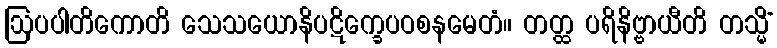
ဩပပါတိကောတိ သေသယောနိပဋိက္ခေပဝစနမေတံ။ တတ္ထ ပရိနိဗ္ဗာယီတိ တသ္မိံ